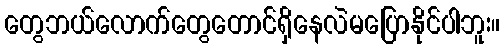
တွေဘယ်လောက်တွေတောင်ရှိနေလဲမပြောနိုင်ပါဘူး။